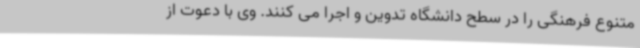
متنوع فرهنگی را در سطح دانشگاه تدوین و اجرا می کنند. وی با دعوت از